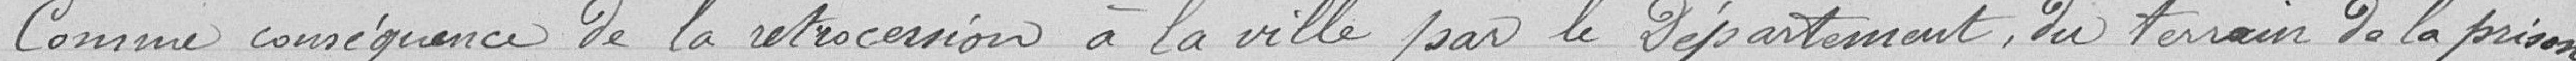
Comme conséquence de la rétrocession à la ville par le Département, du terrain de la prison,